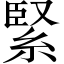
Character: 緊